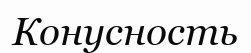
Конусность